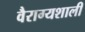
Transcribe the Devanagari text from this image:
वैराग्यशाली